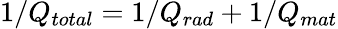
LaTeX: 1/Q_{total}=1/Q_{rad}+1/Q_{mat}